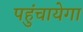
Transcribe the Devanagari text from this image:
पहुंचायेगा